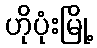
ဟိုပုံးမြို့